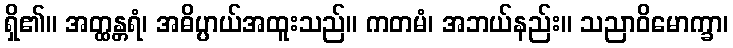
ရှိ၏။ အတ္ထန္တရံ၊ အဓိပ္ပာယ်အထူးသည်။ ကတမံ၊ အဘယ်နည်း။ သညာဝိမောက္ခာ၊